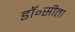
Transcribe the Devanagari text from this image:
डॉ॰सीता